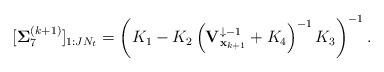
LaTeX: \begin{align*}[\mathbf{\Sigma}_{7}^{(k+1)}]_{1:J N_t} = \left( K_1 - K_2 \left(\mathbf{V}_{\mathbf{x}_{k+1}}^{\downarrow -1} + K_4 \right)^{-1} K_3 \right)^{-1}.\end{align*}